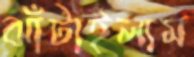
ঝাঁটাইলাম